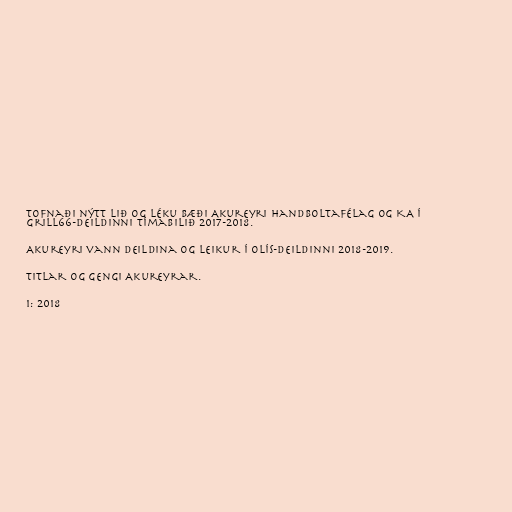
tofnaði nýtt lið og léku bæði Akureyri handboltafélag og KA í
Grill66-deildinni tímabilið 2017-2018.

Akureyri vann deildina og leikur í Olís-deildinni 2018-2019.

Titlar og gengi Akureyrar.

1: 2018